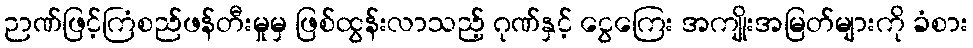
ဉာဏ်ဖြင့်ကြံစည်ဖန်တီးမှုမှ ဖြစ်ထွန်းလာသည့် ဂုဏ်နှင့် ငွေကြေး အကျိုးအမြတ်များကို ခံစား